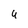
Character: u